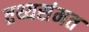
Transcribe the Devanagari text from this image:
तथ्यसंमत